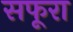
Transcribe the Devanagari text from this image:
सफूरा